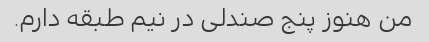
من هنوز پنج صندلی در نیم طبقه دارم.